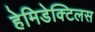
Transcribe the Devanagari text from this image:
हेमिडेक्टिलस